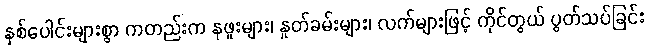
နှစ်ပေါင်းများစွာ ကတည်းက နဖူးများ၊ နှုတ်ခမ်းများ၊ လက်များဖြင့် ကိုင်တွယ် ပွတ်သပ်ခြင်း